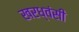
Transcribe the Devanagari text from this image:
खरध्वंसी